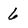
Character: 6